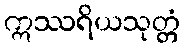
ဣဿရိယသုတ္တံ